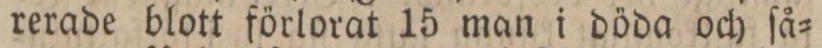
rerade blott förlorat 15 man i döda och ſå=